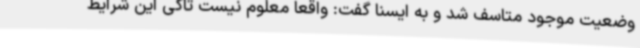
وضعیت موجود متاسف شد و به ایسنا گفت: واقعا معلوم نیست تاکی این شرایط